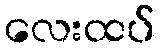
လေးထပ်